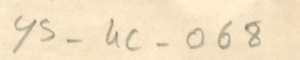
ys-4c-068